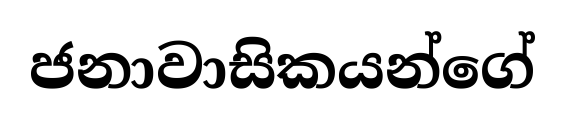
ජනාවාසිකයන්ගේ